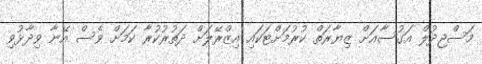
މަސްޖިދުލް އަގުސާއަށް ޒިޔާރަތް ކުރުމަށްޓަކައި އިޒްރޭލަށް ދަތުރުކުރާ ކަމަށް ވެސް އޭނާ ވިދާޅުވި